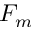
F _ { m }